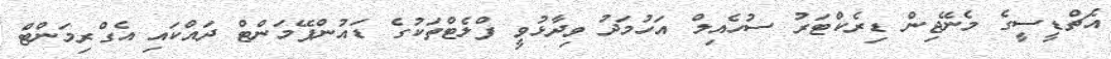
އެޗްޑީސީގެ މެނޭޖިން ޑިރެކްޓަރު ސުހެއިލް އަހުމަދު ވިދާޅުވީ ފްލެޓްތަކުގެ ޑައުންޕޭމަންޓް ދައްކައި އެގްރިމަންޓް